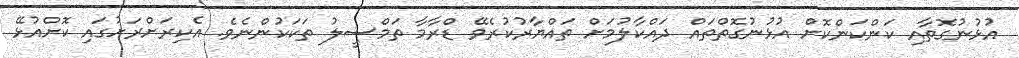
އުޅުނުގޮތާއި ކަންކަންކޮށް އުޅުނުގޮތްތައް ދައްކާލުމަށް ތައްޔާރުކުރެވޭ ޑްރާމާ ތަމްސީލު ތަކަކުންނެވެ. އެކިރަށްރަށުގައި ކޮށްއުޅޭ